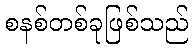
စနစ်တစ်ခုဖြစ်သည်